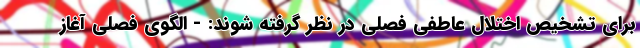
برای تشخیص اختلال عاطفی فصلی در نظر گرفته شوند: - الگوی فصلی آغاز